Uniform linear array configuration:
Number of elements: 32
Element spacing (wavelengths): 0.75
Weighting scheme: hann
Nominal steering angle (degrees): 45
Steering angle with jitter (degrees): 43.525
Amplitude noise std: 0.05
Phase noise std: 0.05

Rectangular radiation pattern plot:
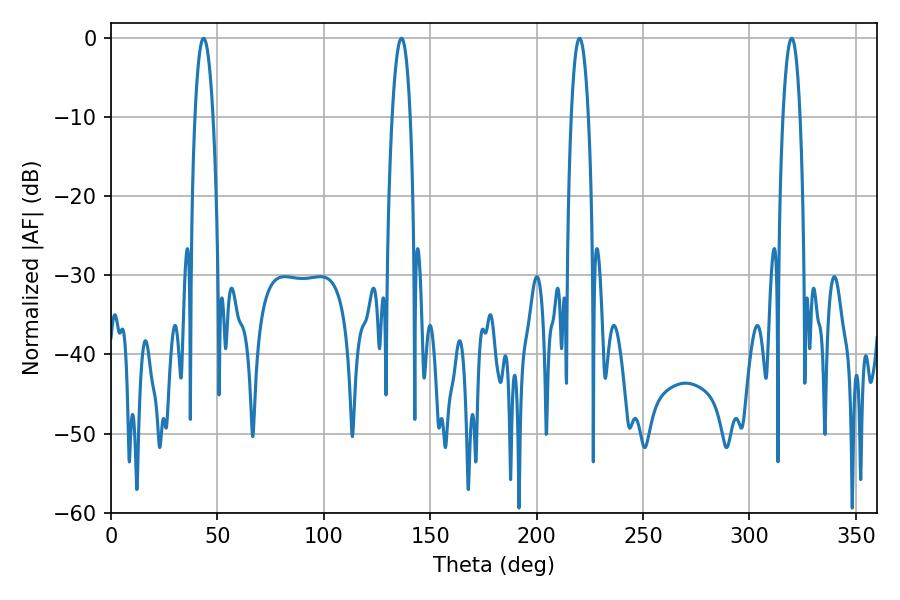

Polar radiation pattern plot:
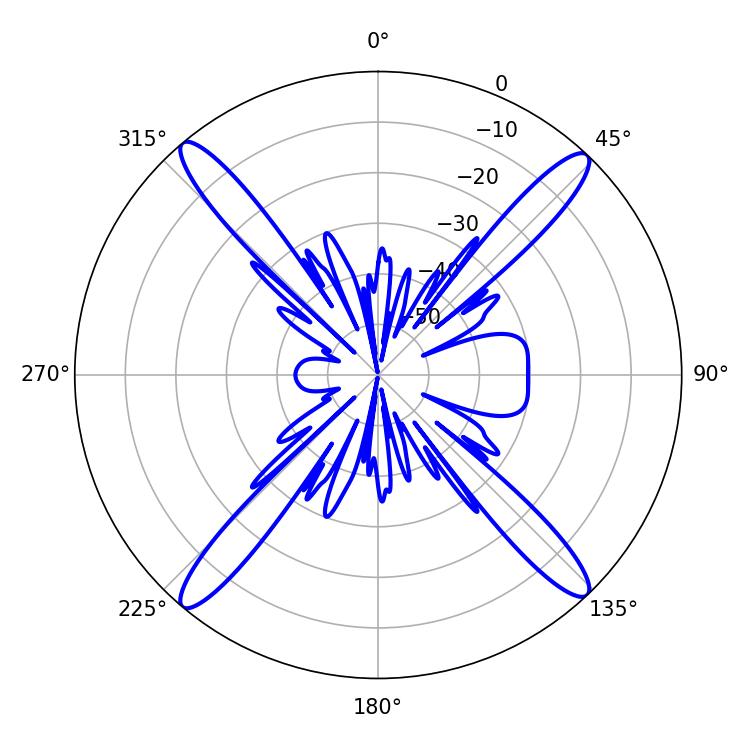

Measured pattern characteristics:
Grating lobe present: TRUE
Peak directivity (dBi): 21.473
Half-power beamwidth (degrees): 4.5
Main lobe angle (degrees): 220.14